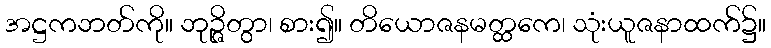
အဋ္ဌကဘတ်ကို။ ဘုဉ္ဇိတွာ၊ စား၍။ တိယောဇနမတ္ထကေ၊ သုံးယူဇနာထက်၌။